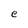
Character: e